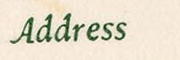
ADDRESS